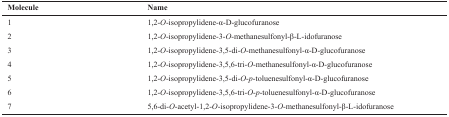
| Molecule | Name |
 | --- | --- |
 | 1 | 1,2-O-isopropylidene-α-D-glucofuranose |
 | 2 | 1,2-O-isopropylidene-3-O-methanesulfonyl-β-L-idofuranose |
 | 3 | 1,2-O-isopropylidene-3,5-di-O-methanesulfonyl-α-D-glucofuranose |
 | 4 | 1,2-O-isopropylidene-3,5,6-tri-O-methanesulfonyl-α-D-glucofuranose |
 | 5 | 1,2-O-isopropylidene-3,5-di-O-p-toluenesulfonyl-α-D-glucofuranose |
 | 6 | 1,2-O-isopropylidene-3,5,6-tri-O-p-toluenesulfonyl-α-D-glucofuranose |
 | 7 | 5,6-di-O-acetyl-1,2-O-isopropylidene-3-O-methanesulfonyl-β-L-idofuranose |